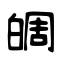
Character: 皗